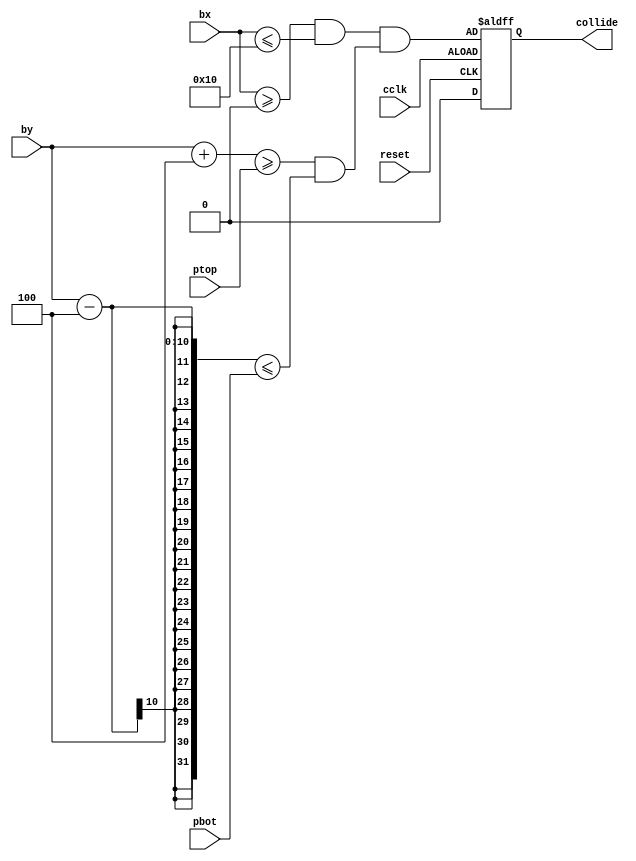
module collider(cclk, bx, by, ptop, pbot, reset, collide);
	parameter px = 0;
	parameter pw = 16;
	input cclk;
	input [9:0]bx;
	input [9:0]by; 
	input [9:0]ptop;
	input [9:0]pbot;
	input reset;
	output reg collide;
	always @(posedge cclk or posedge reset) begin
		if (cclk) begin
			collide <= (bx >= px && bx <= (px + pw)) && (by+4 >= ptop && by-4 <= pbot); 
		end 
		else begin
			collide <= 0;
		end
	end
endmodule